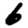
Digit: 6